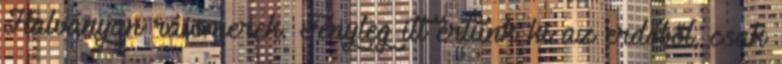
Halványan ráismerek. Tényleg itt értünk ki az erdőből, csak